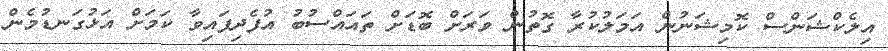
އިލެކްޝަންސް ކޮމިޝަނުން އަމަލުކުރާ ގޮތުން ވަރަށް ބޮޑަށް ތައައްސުބު އުފެދިފައިވާ ކަމަށް އަޅުގަނޑުމެން